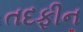
તદફીન